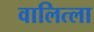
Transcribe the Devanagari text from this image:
वालित्ला